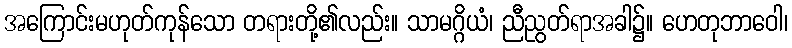
အကြောင်းမဟုတ်ကုန်သော တရားတို့၏လည်း။ သာမဂ္ဂိယံ၊ ညီညွတ်ရာအခါ၌။ ဟေတုဘာဝေါ၊